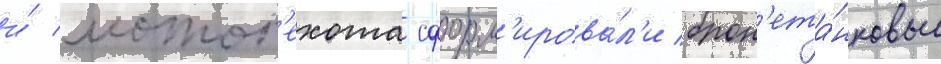
и́ мотоп'ехота сформ'ирова́л'и брон'ета́нковые